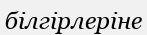
білгірлеріне